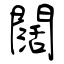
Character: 闊